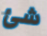
شئ